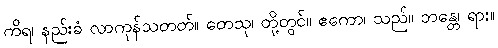
ကိရ၊ နည်းခံ လာကုန်သတတ်။ တေသု၊ တို့တွင်။ ဧကော၊ သည်။ ဘန္တေ၊ ရား။